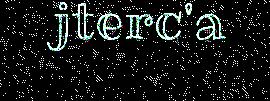
jterc'a